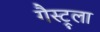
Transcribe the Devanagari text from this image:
गैस्ट्रूला